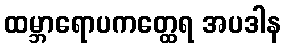
ထမ္ဘာရောပကတ္ထေရ အပဒါန